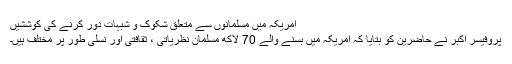
امریکہ میں مسلمانوں سے متعلق شکوک و شبہات دور کرنے کی کوششیں
پروفیسر اکبر نے حاضرین کو بتایا کہ امریکہ میں بسنے والے 70 لاکھ مسلمان نظریاتی ، ثقافتی اور نسلی طور پر مختلف ہیں۔